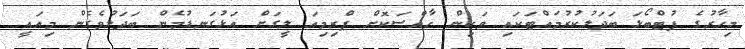
މިހާރުގެ ފުޓްބޯޅަ ބަދަލުކުރުމައްޓަކައި ވަކިން ހާއްސަކޮށް ޕްރިމިއަ ލީގަށް އަޅުގަނޑުމެން ބަދަލުވެގެން މިއައީ